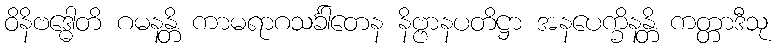
ဝိနိဗဒ္ဓေါတိ ဂမနန္တိ ကာမရာဂသင်္ခါတေန နိဗ္ဗာနပတိဋ္ဌာ အနပေက္ခိနန္တိ ကတ္တာဒီသု